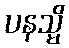
ပနသ္မိ